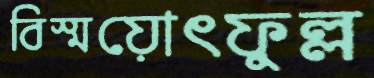
বিস্ময়োৎফুল্ল